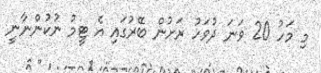
މި މަހު 20 ވަނަ ދުވަހު ރަށުން ބޭރުގައި އެ ޓީމު ނުކުންނާނީ